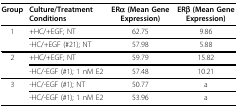
| Group | Culture/Treatment Conditions | ERα (Mean Gene Expression) | ERβ (Mean Gene Expression) |
 | --- | --- | --- | --- |
 | 1 | +HC/+EGF; NT | 62.75 | 9.86 |
 |  | -HC/+EGF (#21); NT | 57.98 | 5.88 |
 | 2 | +HC/+EGF; NT | 59.79 | 15.82 |
 |  | -HC/-EGF (#1); 1 nM E2 | 57.48 | 10.21 |
 | 3 | -HC/-EGF (#1); NT | 50.77 | a |
 |  | -HC/-EGF (#1); 1 nM E2 | 53.96 | a |